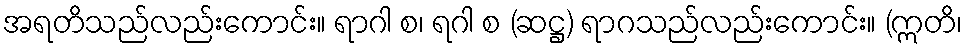
အရတိသည်လည်းကောင်း။ ရာဂါ စ၊ ရဂါ စ (ဆဋ္ဌ) ရာဂသည်လည်းကောင်း။ (ဣတိ၊